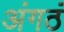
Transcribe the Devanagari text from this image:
अंगठं